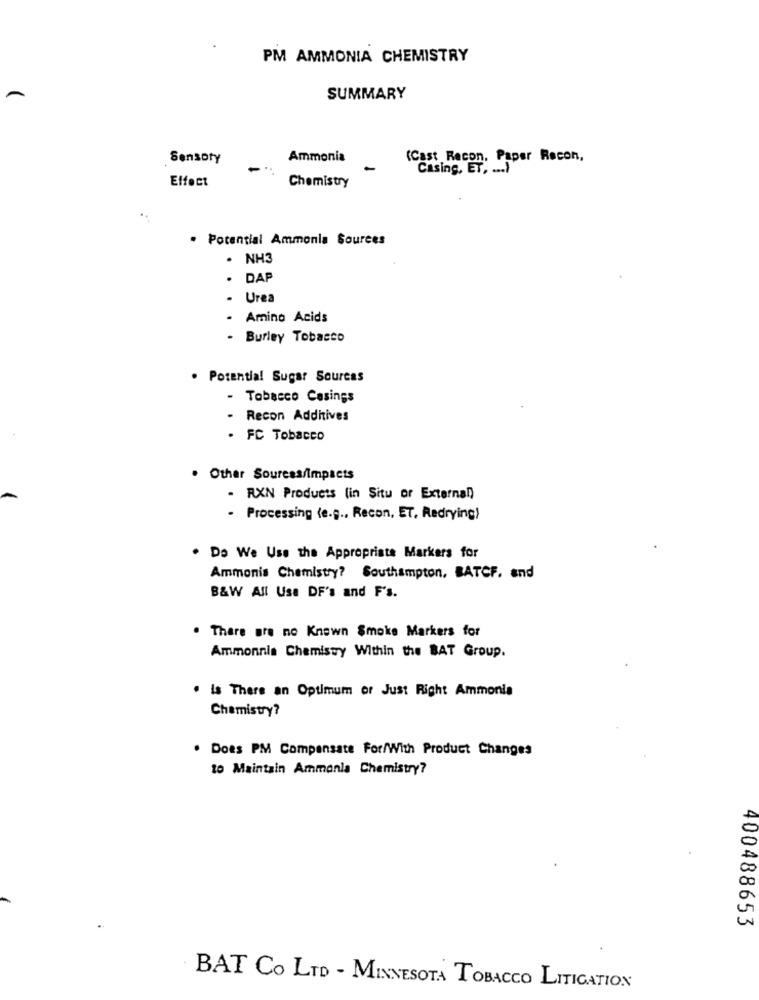
PM AMMONIA CHEMISTRY
SUMMARY
Sensoty
Ammonia
(Cast Recon, Paper Recon,
-
Casing, ET, ... )
Effect
Chemistry
· Potential Ammonia Sources
· NH3
. DAP
- Urea
- Amino Acids
- Burley Tobacco
. Potential Sugar Sources
- Tobacco Casings
- Recon Additives
. FC Tobacco
Other Sources/Impacts
- RXN Products (in Situ or External)
· Processing (e.g ., Recon, ET, Redrying)
. Do We Use the Appropriate Markers for
Ammonis Chemistry? Southampton, BATCF. and
B&W All Use DF's and F's.
. There are no Known Smoke Markers for
Ammonnis Chemistry Within the BAT Group.
. Is There an Optimum or Just Right Ammonia
Chemistry?
. Does PM Compensate For/With Product Changes
to Maintain Ammanla Chemistry?
400488653
BAT Co LTD - MINNESOTA TOBACCO LITIGATION